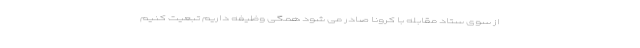
از سوی ستاد مقابله با کرونا صادر می شود همگی وظیفه داریم تبعیت کنیم